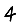
Digit: 4